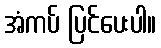
အံကပ် ပြင်ပေးပါ။